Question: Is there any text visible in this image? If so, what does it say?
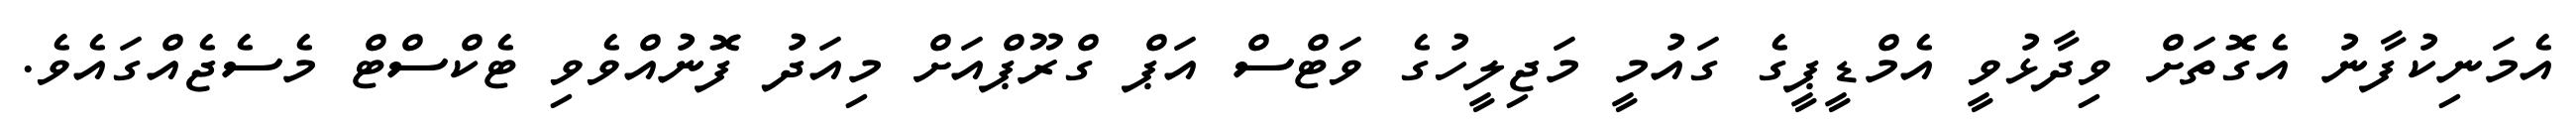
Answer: އެމަނިކުފާނު އެގޮތަށް ވިދާޅުވީ އެމްޑީޕީގެ ގައުމީ މަޖިލީހުގެ ވަޓްސް އަޕް ގްރޫޕްއަށް މިއަދު ފޮނުއްވެވި ޓެކްސްޓް މެސެޖެއްގައެވެ.